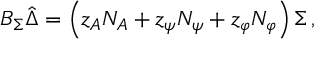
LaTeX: { { \cal B } _ { \Sigma } } \hat { \Delta } = \left( z _ { A } { \cal N } _ { A } + z _ { \psi } { \cal N } _ { \psi } + z _ { \varphi } { \cal N } _ { \varphi } \right) \Sigma \, ,